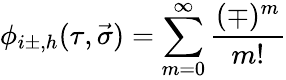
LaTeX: \phi_{i\pm,h}(\tau,\vec{\sigma})=\sum_{m=0}^{\infty}\frac{(\mp)^{m}}{m!}